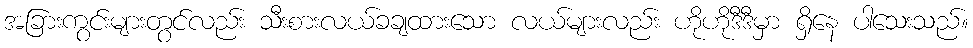
အခြားကွင်းများတွင်လည်း သီးစားလယ်ခချထားသော လယ်များလည်း ဟိုဟိုဒီဒီမှာ ရှိနေ ပါသေးသည်။